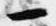
一